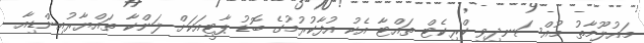
މައުލޫމާތު މުއްސަނދިވި ކްރިކެޓް ތައްޓާ އެކު އުފާކުރުމުގެ ބޮޑު ޕާޓީއަކަށް ލަންކާ ތައްޔާރުއިންޑިއާ